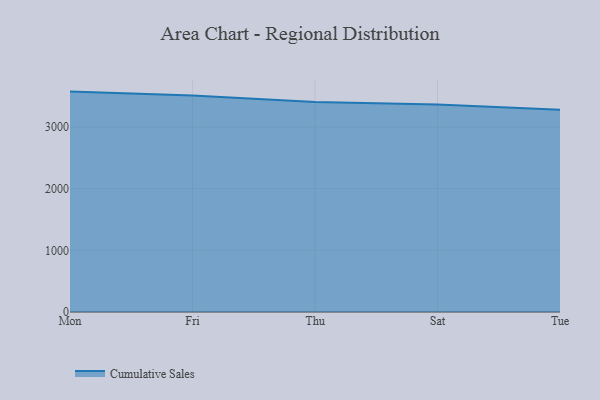
{"axis": {"x": "Day", "y": "Demand Index"}, "legend": ["Cumulative Sales"], "data": [{"x": "Mon", "y": 3573.5, "type": "Cumulative Sales"}, {"x": "Fri", "y": 3510.6, "type": "Cumulative Sales"}, {"x": "Thu", "y": 3404.3, "type": "Cumulative Sales"}, {"x": "Sat", "y": 3366.0, "type": "Cumulative Sales"}, {"x": "Tue", "y": 3277.3, "type": "Cumulative Sales"}]}